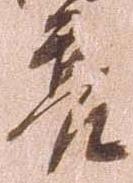
亮